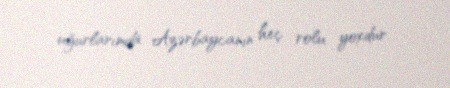
uğurlarımda Azərbaycanın heç rolu yoxdur.